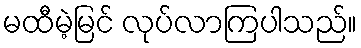
မထီမဲ့မြင် လုပ်လာကြပါသည်။